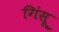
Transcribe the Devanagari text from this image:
गिंसू